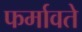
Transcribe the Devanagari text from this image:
फर्मावते